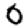
Digit: 0